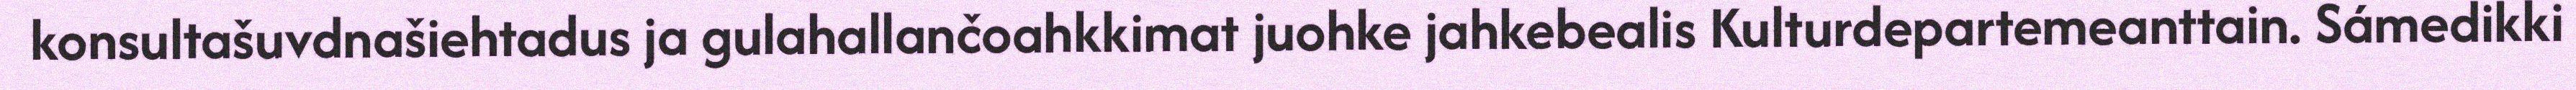
konsultašuvdnašiehtadus ja gulahallančoahkkimat juohke jahkebealis Kulturdepartemeanttain. Sámedikki